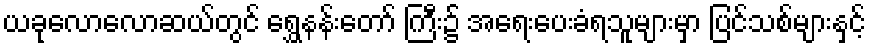
ယခုလောလောဆယ်တွင် ရွှေနန်းတော် ကြီး၌ အရေးပေးခံရသူများမှာ ပြင်သစ်များနှင့်